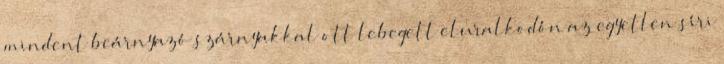
mindent beárnyazó szárnyakkal ott lebegett eluralkodón az egyetlen síri